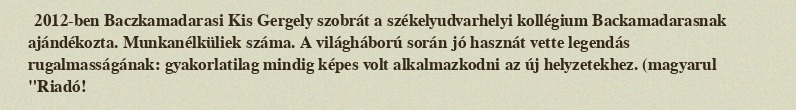
2012-ben Baczkamadarasi Kis Gergely szobrát a székelyudvarhelyi kollégium Backamadarasnak ajándékozta. Munkanélküliek száma. A világháború során jó hasznát vette legendás rugalmasságának: gyakorlatilag mindig képes volt alkalmazkodni az új helyzetekhez. (magyarul "Riadó!